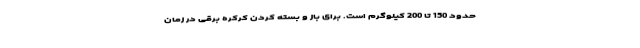
حدود 150 تا 200 کیلوگرم است. برای باز و بسته کردن کرکره برقی در زمان